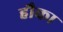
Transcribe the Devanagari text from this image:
हौका